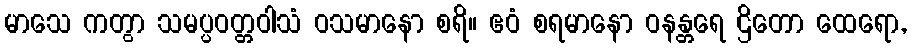
မာသေ ကတွာ သမပ္ပဝတ္တဝါသံ ဝသမာနော စရိ။ ဧဝံ စရမာနော ဝနန္တရေ ဌိတော ထေရော,